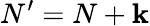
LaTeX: N^{\prime}=N+\mathbf{k}